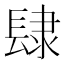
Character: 𨽸